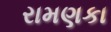
રામણકા